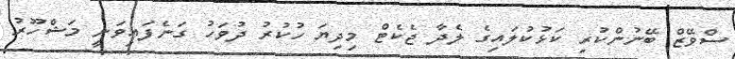
ސްވޭޒް ބޭނުންކުރި ކަޅުކުލައިގެ ލެދާ ޖެކެޓް މިދިޔަ ހުކުރު ދުވަހު ގަނެފައިވަނީ މަޝްހޫރު